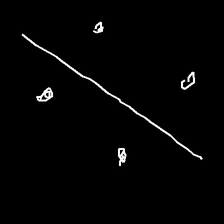
Glyph: cool